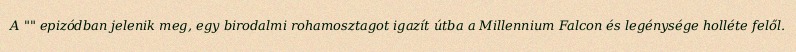
A "" epizódban jelenik meg, egy birodalmi rohamosztagot igazít útba a Millennium Falcon és legénysége holléte felől.